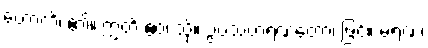
ဟောတိ၊ ၏။ ဣတိ ဧဝံ၊ သို့။ ဥပသံဟရဏတော၊ ဖြင့်။ မရဏံ၊